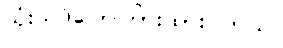
သုံးသပ်ပြောကြားထားပါတယ်။